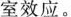
室效应。